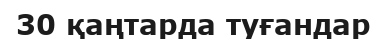
30 қаңтарда туғандар